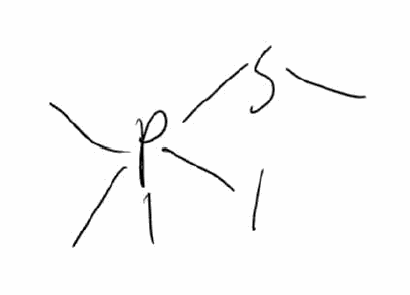
Simplified molecular-input line-entry system (SMILES) notation of the given molecule:
CP(C)(C)(SC)I